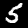
Label: 5